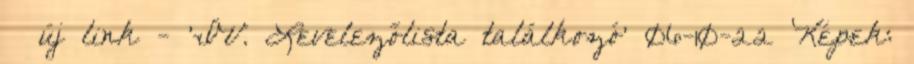
» új link - 'IV. Levelezőlista találkozó' 06-10-22 Képek: